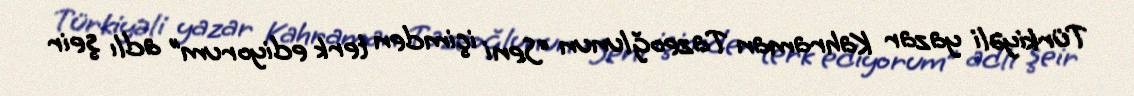
Türkiyəli yazar Kahraman Tazeoğlunun “Seni içimden terk ediyorum” adlı şeir